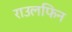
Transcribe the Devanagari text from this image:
राउलफिन